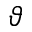
\vartheta